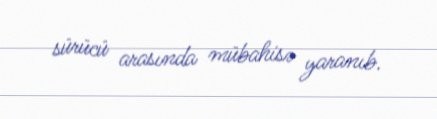
sürücü arasında mübahisə yaranıb.